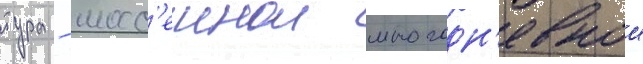
тура - шосс'еинои многодн'евнои